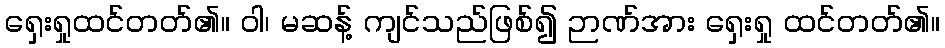
ရှေးရှုထင်တတ်၏။ ဝါ၊ မဆန့် ကျင်သည်ဖြစ်၍ ဉာဏ်အား ရှေးရှု ထင်တတ်၏။